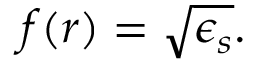
f ( r ) = \sqrt { \epsilon _ { s } } .